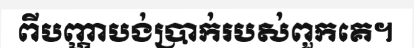
ពីបញ្ហាបង់ប្រាក់របស់ពួកគេ។